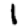
Digit: 1